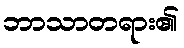
ဘာသာတရား၏